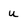
Character: u